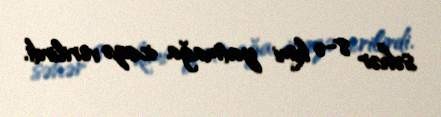
səhər 8-ə kimi yatmağa icazə verilirdi.